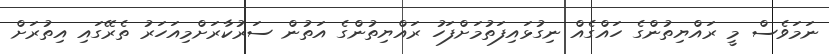
ނަމަވެސް މީ ރައްޔިތުންގެ ހައްގެއް ނިގުޅައިފަތުމަށްފަހު ރައްޔިތުންގެ އަތުން ސަރުކާރަށްމިއަހަރު ތެރޭގައި އިތުރަށް